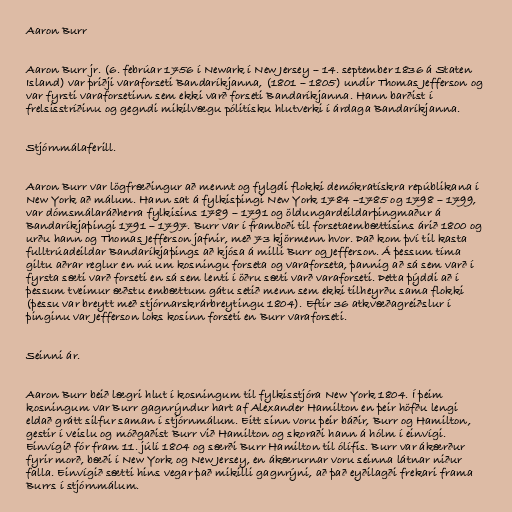
Aaron Burr

Aaron Burr jr. (6. febrúar 1756 í Newark í New Jersey – 14. september 1836 á Staten
Island) var þriðji varaforseti Bandaríkjanna, (1801 – 1805) undir Thomas Jefferson og
var fyrsti varaforsetinn sem ekki varð forseti Bandaríkjanna. Hann barðist í
frelsisstríðinu og gegndi mikilvægu pólitísku hlutverki í árdaga Bandaríkjanna.

Stjórnmálaferill.

Aaron Burr var lögfræðingur að mennt og fylgdi flokki demókratískra repúblikana í
New York að málum. Hann sat á fylkisþingi New York 1784 –1785 og 1798 – 1799,
var dómsmálaráðherra fylkisins 1789 – 1791 og öldungardeildarþingmaður á
Bandaríkjaþingi 1791 – 1797. Burr var í framboði til forsetaembættisins árið 1800 og
urðu hann og Thomas Jefferson jafnir, með 73 kjörmenn hvor. Það kom því til kasta
fulltrúadeildar Bandaríkjaþings að kjósa á milli Burr og Jefferson. Á þessum tíma
giltu aðrar reglur en nú um kosningu forseta og varaforseta, þannig að sá sem varð í
fyrsta sæti varð forseti en sá sem lenti í öðru sæti varð varaforseti. Þetta þýddi að í
þessum tveimur æðstu embættum gátu setið menn sem ekki tilheyrðu sama flokki
(þessu var breytt með stjórnarskrárbreytingu 1804). Eftir 36 atkvæðagreiðslur í
þinginu var Jefferson loks kosinn forseti en Burr varaforseti.

Seinni ár.

Aaron Burr beið lægri hlut í kosningum til fylkisstjóra New York 1804. Í þeim
kosningum var Burr gagnrýndur hart af Alexander Hamilton en þeir höfðu lengi
eldað grátt silfur saman í stjórnmálum. Eitt sinn voru þeir báðir, Burr og Hamilton,
gestir í veislu og móðgaðist Burr við Hamilton og skoraði hann á hólm í einvígi.
Einvígið fór fram 11. júlí 1804 og særði Burr Hamilton til ólífis. Burr var ákærður
fyrir morð, bæði í New York og New Jersey, en ákærurnar voru seinna látnar niður
falla. Einvígið sætti hins vegar það mikilli gagnrýni, að það eyðilagði frekari frama
Burrs í stjórnmálum.